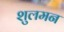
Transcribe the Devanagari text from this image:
शुलमन